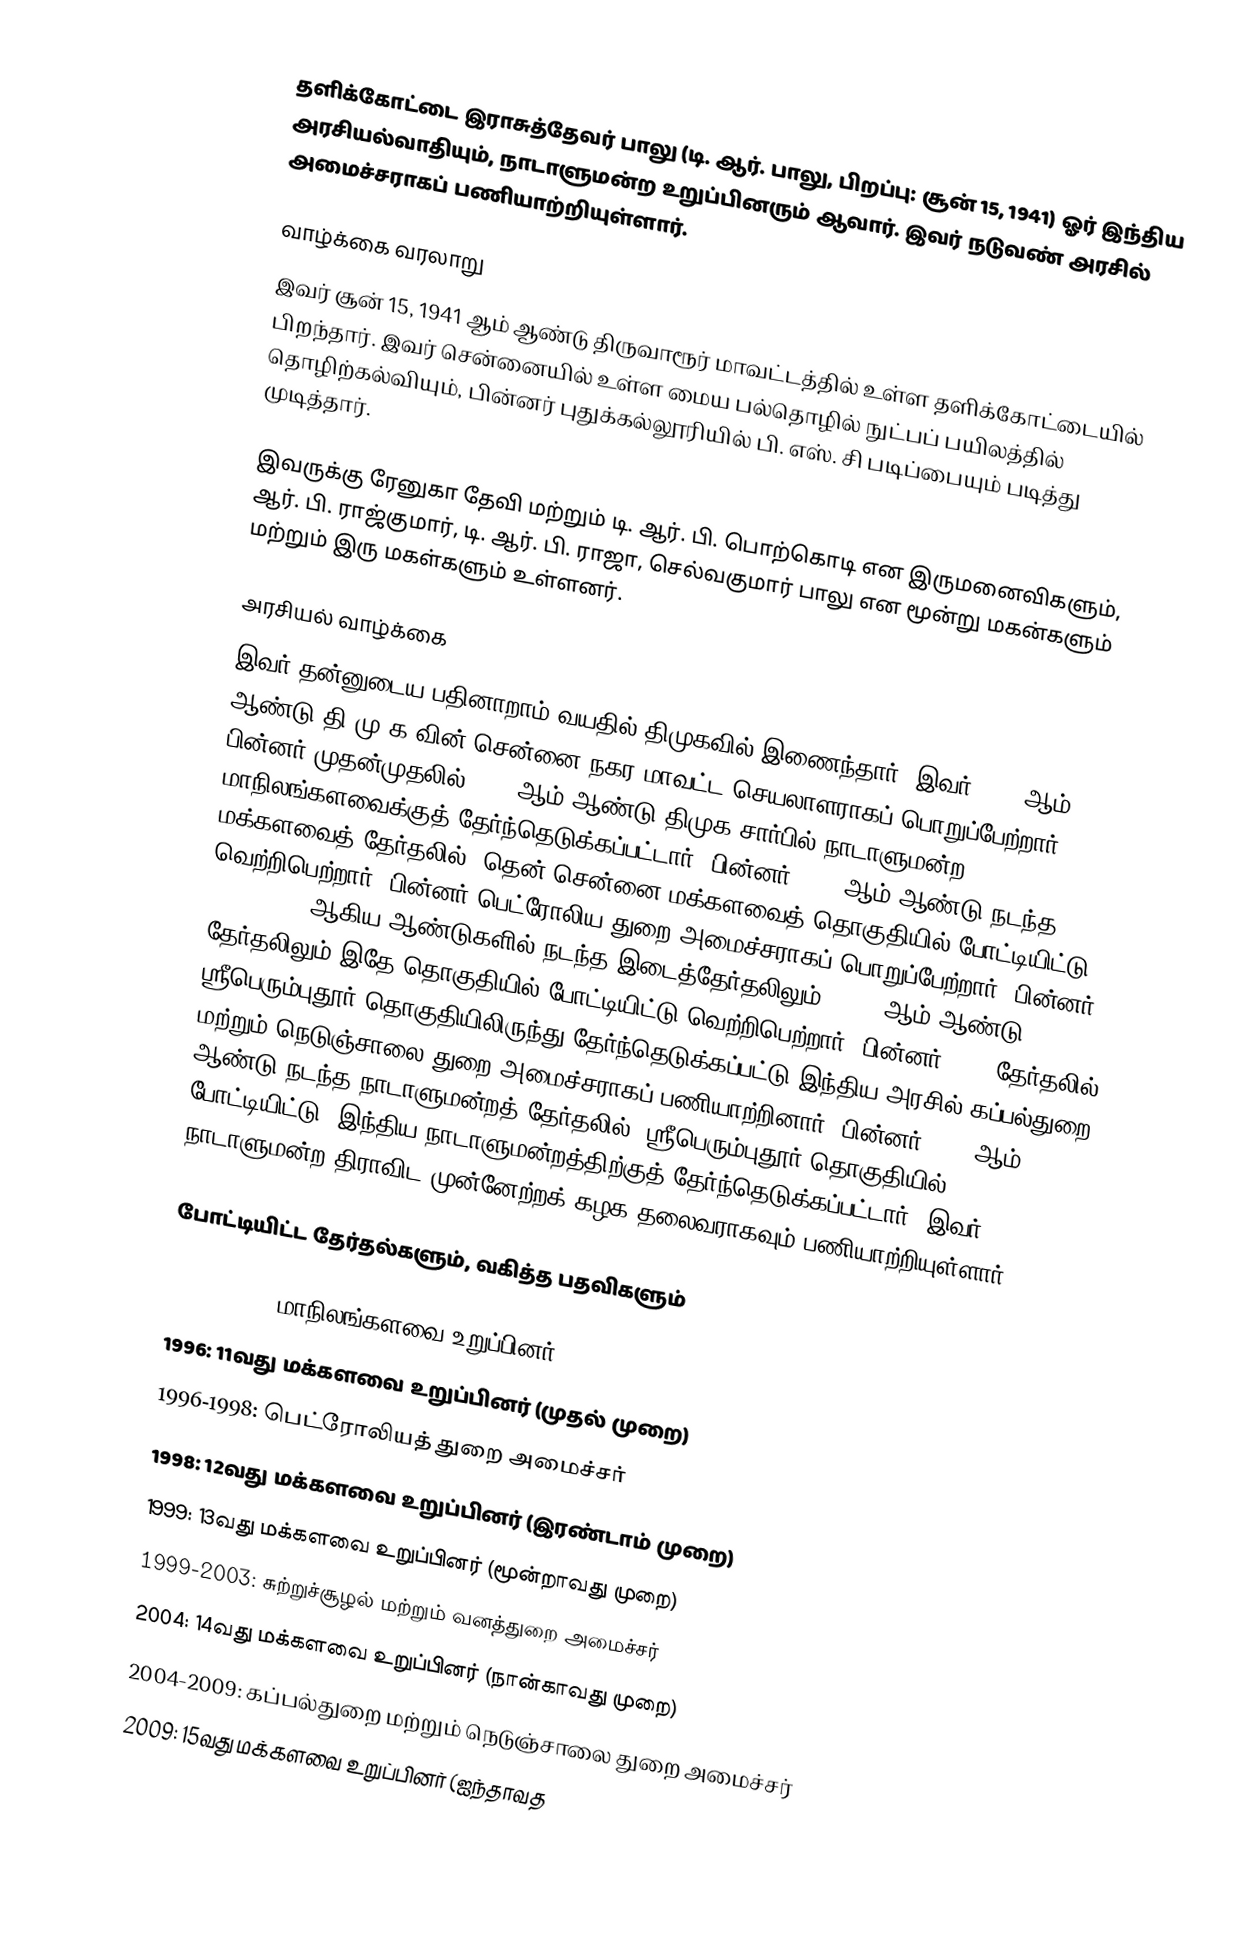
தளிக்கோட்டை இராசுத்தேவர் பாலு (டி. ஆர். பாலு, பிறப்பு: சூன் 15, 1941) ஓர் இந்திய அரசியல்வாதியும், நாடாளுமன்ற உறுப்பினரும் ஆவார். இவர் நடுவண் அரசில் அமைச்சராகப் பணியாற்றியுள்ளார்.

வாழ்க்கை வரலாறு
இவர் சூன் 15, 1941 ஆம் ஆண்டு திருவாரூர் மாவட்டத்தில் உள்ள தளிக்கோட்டையில் பிறந்தார். இவர் சென்னையில் உள்ள மைய பல்தொழில் நுட்பப் பயிலத்தில் தொழிற்கல்வியும், பின்னர் புதுக்கல்லூரியில் பி. எஸ். சி படிப்பையும் படித்து முடித்தார்.

இவருக்கு ரேனுகா தேவி மற்றும் டி. ஆர். பி. பொற்கொடி என இருமனைவிகளும், ஆர். பி. ராஜ்குமார், டி. ஆர். பி. ராஜா, செல்வகுமார் பாலு என மூன்று மகன்களும் மற்றும் இரு மகள்களும் உள்ளனர்.

அரசியல் வாழ்க்கை
இவர் தன்னுடைய பதினாறாம் வயதில் திமுகவில் இணைந்தார். இவர் 1982 ஆம் ஆண்டு தி.மு.க.வின் சென்னை நகர மாவட்ட செயலாளராகப் பொறுப்பேற்றார். பின்னர் முதன்முதலில் 1986 ஆம் ஆண்டு திமுக சார்பில் நாடாளுமன்ற மாநிலங்களவைக்குத் தேர்ந்தெடுக்கப்பட்டார். பின்னர் 1996 ஆம் ஆண்டு நடந்த மக்களவைத் தேர்தலில், தென் சென்னை மக்களவைத் தொகுதியில் போட்டியிட்டு, வெற்றிபெற்றார். பின்னர் பெட்ரோலிய துறை அமைச்சராகப் பொறுப்பேற்றார். பின்னர் 1998, 1999 ஆகிய ஆண்டுகளில் நடந்த இடைத்தேர்தலிலும், 2004 ஆம் ஆண்டு தேர்தலிலும்  இதே தொகுதியில் போட்டியிட்டு வெற்றிபெற்றார். பின்னர் 2009 தேர்தலில் ஸ்ரீபெரும்புதூர் தொகுதியிலிருந்து தேர்ந்தெடுக்கப்பட்டு இந்திய அரசில் கப்பல்துறை மற்றும் நெடுஞ்சாலை துறை அமைச்சராகப் பணியாற்றினார். பின்னர் 2019 ஆம் ஆண்டு நடந்த நாடாளுமன்றத் தேர்தலில், ஸ்ரீபெரும்புதூர் தொகுதியில் போட்டியிட்டு, இந்திய நாடாளுமன்றத்திற்குத் தேர்ந்தெடுக்கப்பட்டார். இவர்  நாடாளுமன்ற திராவிட முன்னேற்றக் கழக தலைவராகவும் பணியாற்றியுள்ளார்.

போட்டியிட்ட தேர்தல்களும், வகித்த பதவிகளும்

   1986–1992 : மாநிலங்களவை உறுப்பினர்
   1996: 11வது மக்களவை உறுப்பினர் (முதல் முறை)
   1996-1998: பெட்ரோலியத் துறை அமைச்சர்
   1998: 12வது மக்களவை உறுப்பினர் (இரண்டாம் முறை)
   1999: 13வது மக்களவை உறுப்பினர் (மூன்றாவது முறை)
   1999-2003: சுற்றுச்சூழல் மற்றும் வனத்துறை அமைச்சர்
   2004: 14வது மக்களவை உறுப்பினர் (நான்காவது முறை)
   2004-2009: கப்பல்துறை மற்றும் நெடுஞ்சாலை துறை அமைச்சர்
   2009: 15வது மக்களவை உறுப்பினர் (ஐந்தாவத